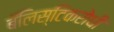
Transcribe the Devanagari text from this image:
बॅलिस्टिकरोधी